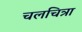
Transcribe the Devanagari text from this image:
चलचित्रा